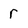
Character: r